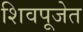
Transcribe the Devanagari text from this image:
शिवपूजेत